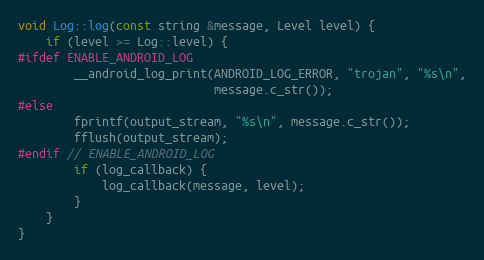
Language: C++
void Log::log(const string &message, Level level) {
    if (level >= Log::level) {
#ifdef ENABLE_ANDROID_LOG
        __android_log_print(ANDROID_LOG_ERROR, "trojan", "%s\n",
                            message.c_str());
#else
        fprintf(output_stream, "%s\n", message.c_str());
        fflush(output_stream);
#endif // ENABLE_ANDROID_LOG
        if (log_callback) {
            log_callback(message, level);
        }
    }
}